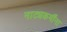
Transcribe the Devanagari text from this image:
नाट्यकर्मींना